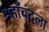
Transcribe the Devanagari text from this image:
महाँबंदला